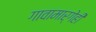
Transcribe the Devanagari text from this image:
गावामार्गेही